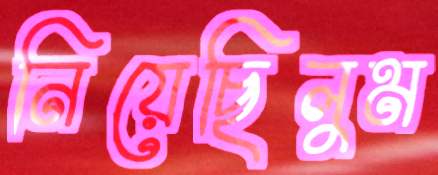
নিয়েছিলুম